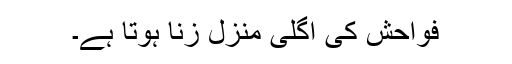
فواحش کی اگلی منزل زنا ہوتا ہے۔